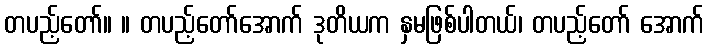
တပည့်တော်။ ။ တပည့်တော်အောက် ဒုတိယက နှမဖြစ်ပါတယ်၊ တပည့်တော် အောက်